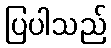
ပြပါသည်